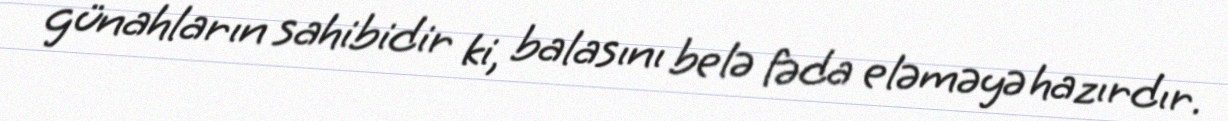
günahların sahibidir ki, balasını belə fəda eləməyə hazırdır.